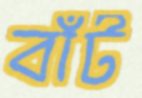
বাঁট